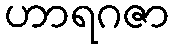
ဟာရဂဇာ